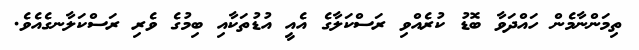
ތިމަންނާމެން ހައްދަވާ ބޮޑު ކުރެއްވި ރަސްކަލާގެ އެއީ އުޑުތަކާއި ބިމުގެ ވެރި ރަސްކަލާނގެއެވެ.